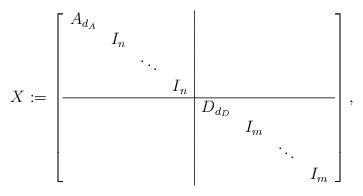
LaTeX: \begin{align*} X := \left[ \begin{array}{cccc|cccc} A_{d_A} & & & & & & & \\ & I_n & & & & & & \\ & & \ddots & & & & & \\ & & & I_n & & & & \\ \hline & & & & D_{d_D} & & & \\ & & & & & I_m & & \\ & & & & & & \ddots & \\ & & & & & & & I_m \\ \end{array} \right],\end{align*}